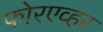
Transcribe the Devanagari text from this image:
फोरएव्हर